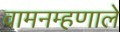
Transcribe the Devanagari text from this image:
वामनम्हणाले